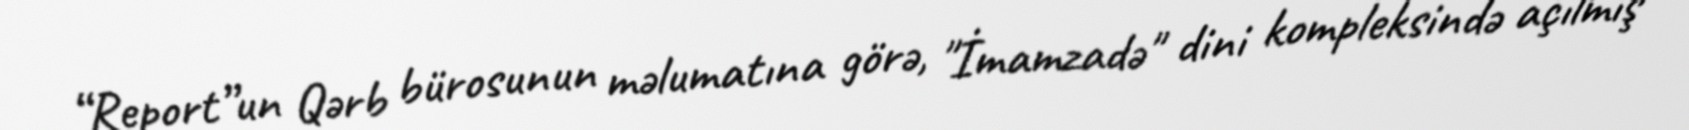
“Report”un Qərb bürosunun məlumatına görə, "İmamzadə" dini kompleksində açılmış